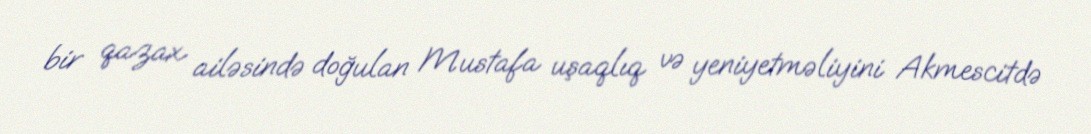
bir qazax ailəsində doğulan Mustafa uşaqlıq və yeniyetməliyini Akmescitdə